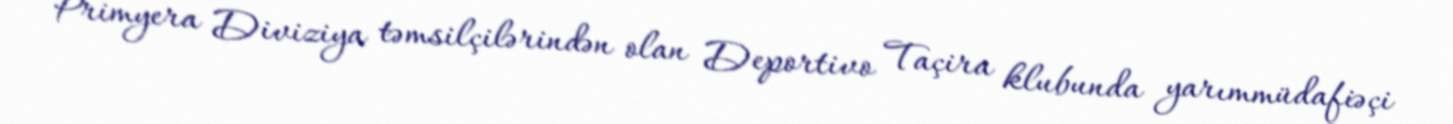
Primyera Diviziya təmsilçilərindən olan Deportivo Taçira klubunda yarımmüdafiəçi